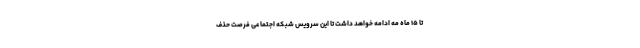
تا ۱۵ ماه مه ادامه خواهد داشت تا این سرویس شبکه اجتماعی فرصت حذف